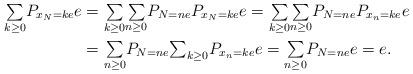
LaTeX: \begin{align*}{\textstyle\sum\limits_{k\geq0}}P_{x_{N}=ke}e & ={\textstyle\sum\limits_{k\geq0}}{\textstyle\sum\limits_{n\geq0}}P_{N=ne}P_{x_{N}=ke}e={\textstyle\sum\limits_{k\geq0}}{\textstyle\sum\limits_{n\geq0}}P_{N=ne}P_{x_{n}=ke}e\\& ={\textstyle\sum\limits_{n\geq0}}P_{N=ne}{\textstyle\sum_{k\geq0}}P_{x_{n}=ke}e={\textstyle\sum\limits_{n\geq0}}P_{N=ne}e=e.\end{align*}